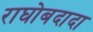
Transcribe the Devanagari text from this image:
राघोबदादा